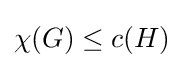
\chi (G)\leq c(H)